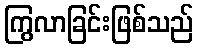
ကြွလာခြင်းဖြစ်သည်